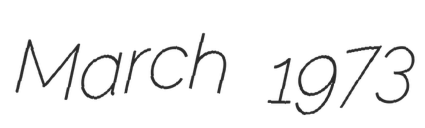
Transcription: March 1973